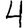
Digit: 4